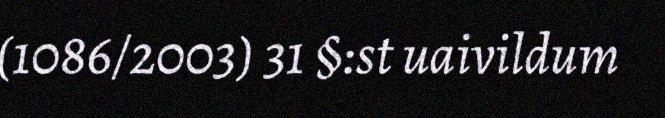
(1086/2003) 31 §:st uaivildum